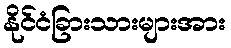
နိုင်ငံခြားသားများအား